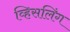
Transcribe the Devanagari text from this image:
व्हिसलिंग